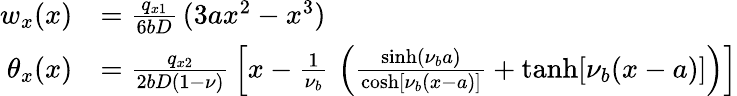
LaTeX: {\begin{array}{rl}{w_{x}(x)}&{={\frac{q_{x1}}{6bD}}\, (3ax^{2}-x^{3})}\\ {\theta_{x}(x)}&{={\frac{q_{x2}}{2bD(1-\nu)}}\left[x-{\frac{1}{\nu_{b}}}\, \left({\frac{\sinh(\nu_{b}a)}{\cosh[\nu_{b}(x-a)]}}+\operatorname{tanh}[\nu_{b}(x-a)]\right)\right]}\end{array}}